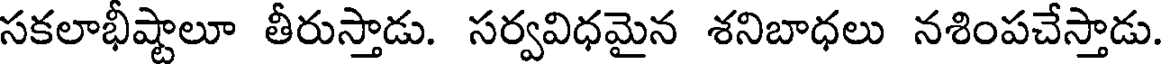
సకలాభీష్టాలూ తీరుస్తాడు. సర్వవిధమైన శనిబాధలు నశింపచేస్తాడు.